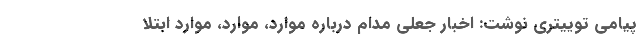
پیامی توییتری نوشت: اخبار جعلی مدام درباره موارد، موارد، موارد ابتلا